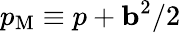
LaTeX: p_{\mathrm{{M}}}\equiv p+{\mathbf{b}}^{2}/2